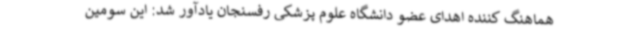
هماهنگ کننده اهدای عضو دانشگاه علوم پزشکی رفسنجان یادآور شد: این سومین